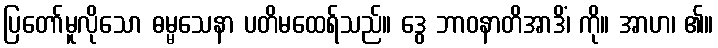
ပြတော်မူလိုသော ဓမ္မသေနာ ပတိမထေရ်သည်။ ဒွေ ဘာဝနာတိအာဒိံ၊ ကို။ အာဟ၊ ၏။